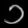
Digit: ၁